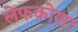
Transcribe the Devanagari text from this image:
लेफकोशा